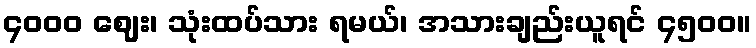
၄၀၀၀ ဈေး၊ သုံးထပ်သား ရမယ်၊ အသားချည်းယူရင် ၄၅၀၀။